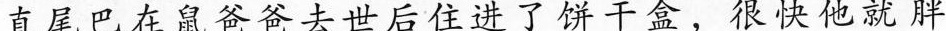
直尾巴在鼠爸爸去世后住进了饼干盒，很快他就胖